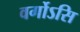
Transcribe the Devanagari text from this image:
वर्गोऽसि